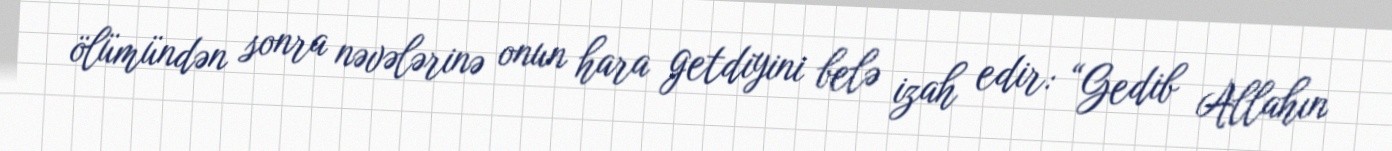
ölümündən sonra nəvələrinə onun hara getdiyini belə izah edir: “Gedib Allahın